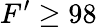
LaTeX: F^{\prime}\ge 98\